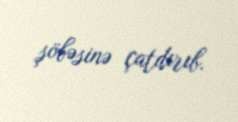
şöbəsinə çatdırıb.